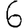
Digit: 6